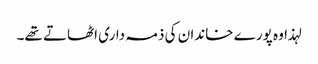
لہذا وہ پورے خاندان کی ذمہ داری اٹھاتے تھے۔